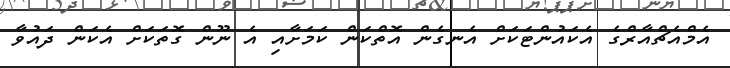
އެމްއެޗްއާރްގެ އެކައުންޓަކަށް އެނގެން އޮތްކަން ކަމަށާއި އެ ނޫން ގޮތަކަށް އެކަން ދައުވާ